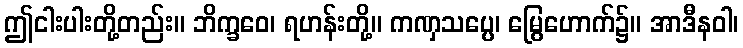
ဤငါးပါးတို့တည်း။ ဘိက္ခဝေ၊ ရဟန်းတို့။ ကဏှသပ္ပေ၊ မြွေဟောက်၌။ အာဒီနဝါ၊